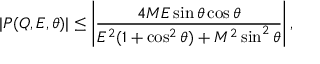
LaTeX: | P ( Q , E , \theta ) | \leq \left| \frac { 4 M E \sin \theta \cos \theta } { E ^ { 2 } ( 1 + \cos ^ { 2 } \theta ) + M ^ { 2 } \sin ^ { 2 } \theta } \right| ,